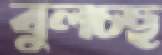
বুলচ্ছ